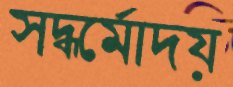
সদ্ধর্মোদয়